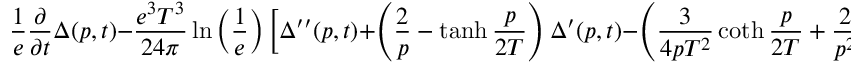
\frac { 1 } { e } \frac { \partial } { \partial t } \Delta ( p , t ) - \frac { e ^ { 3 } T ^ { 3 } } { 2 4 \pi } \ln \left( \frac { 1 } { e } \right) \bigg [ \Delta ^ { \prime \prime } ( p , t ) + \left( \frac { 2 } { p } - \operatorname { t a n h } \frac { p } { 2 T } \right) \Delta ^ { \prime } ( p , t ) - \left( \frac { 3 } { 4 p T ^ { 2 } } \coth \frac { p } { 2 T } + \frac { 2 } { p ^ { 2 } } \right) \Delta ( p , t ) \bigg ] = - 1 \; .